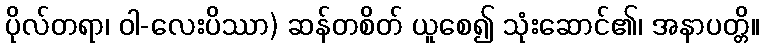
ပိုလ်တရာ၊ ဝါ-လေးပိဿာ) ဆန်တစိတ် ယူစေ၍ သုံးဆောင်၏၊ အနာပတ္တိ။